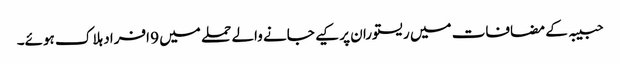
حبیبہ کے مضافات میں ریستوران پر کیے جانے والے حملے میں 9 افراد ہلاک ہوئے۔